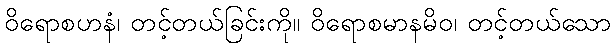
ဝိရောစဟနံ၊ တင့်တယ်ခြင်းကို။ ဝိရောစမာနမိဝ၊ တင့်တယ်သော